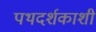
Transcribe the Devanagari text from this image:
पथदर्शकाशी